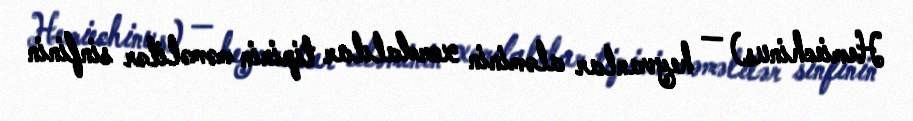
Hemiechinus) — heyvanlar aləminin xordalılar tipinin məməlilər sinfinin